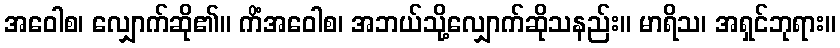
အဝေါစ၊ လျှောက်ဆို၏။ ကိံအဝေါစ၊ အဘယ်သို့လျှောက်ဆိုသနည်း။ မာရိသ၊ အရှင်ဘုရား။